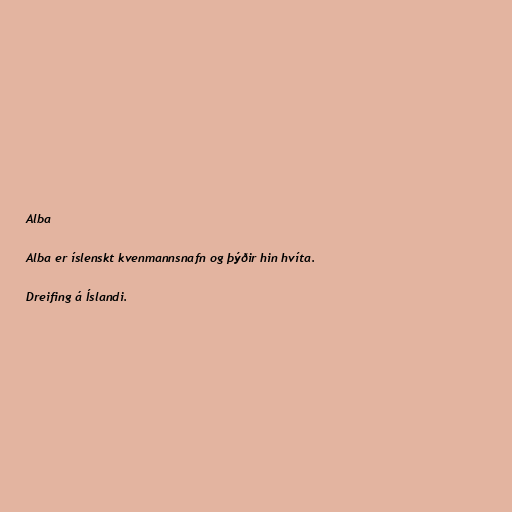
Alba

Alba er íslenskt kvenmannsnafn og þýðir hin hvíta.

Dreifing á Íslandi.